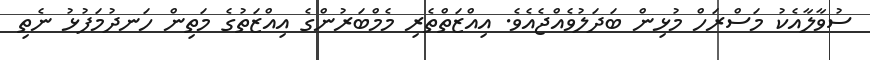
ސުވާލާއެކު މަސްރަހް މުޅިން ބަދަލުވެއްޖެއެވެ. އިއްޒަތްތެރި މެމްބަރުންގެ އިއްޒަތުގެ މަތިން ހަނދުމަފުޅު ނެތި